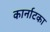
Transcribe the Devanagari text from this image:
कार्नाटका